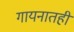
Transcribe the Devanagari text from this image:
गायनातही